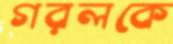
গরলকে